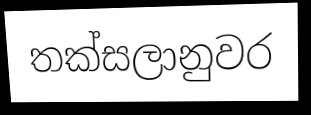
තක්සලානුවර